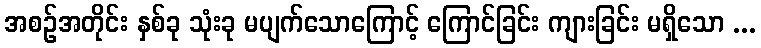
အစဉ်အတိုင်း နှစ်ခု သုံးခု မပျက်သောကြောင့် ကြောင်ခြင်း ကျားခြင်း မရှိသော ...